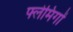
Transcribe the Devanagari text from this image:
फ्लेमिंगों